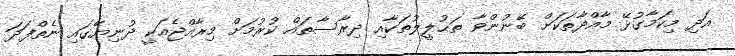
އަދި މިކަމާގުޅޭ މާއްދާތަކަށް ބޭނުންވާ ތަޙުލީލުތަކާއި ދިރާސާތައް ކުރުމަށް މިރާއްޖެއަކީ ދުނިޔޭގައި ނެތްފަދަ